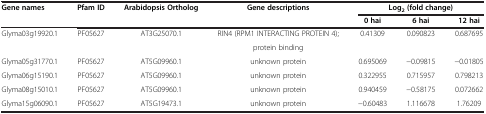
| Gene names | Pfam ID | Arabidopsis Ortholog | Gene descriptions | <COLSPAN=3> Log2(fold change) |
 |  |  |  |  | 0 hai | 6 hai | 12 hai |
 | --- | --- | --- | --- | --- | --- | --- |
 | <ROWSPAN=2> Glyma03g19920.1 | <ROWSPAN=2> PF05627 | <ROWSPAN=2> AT3G25070.1 | RIN4 (RPM1 INTERACTING PROTEIN 4); | <ROWSPAN=2> 0.41309 | <ROWSPAN=2> 0.090823 | <ROWSPAN=2> 0.687695 |
 | protein binding |
 | Glyma05g31770.1 | PF05627 | AT5G09960.1 | unknown protein | 0.695069 | −0.09815 | −0.01805 |
 | Glyma06g15190.1 | PF05627 | AT5G09960.1 | unknown protein | 0.322955 | 0.715957 | 0.798213 |
 | Glyma08g15010.1 | PF05627 | AT5G09960.1 | unknown protein | 0.940459 | −0.58175 | 0.072662 |
 | Glyma15g06090.1 | PF05627 | AT5G19473.1 | unknown protein | −0.60483 | 1.116678 | 1.76209 |